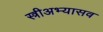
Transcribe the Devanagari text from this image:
स्त्रीअभ्यासव